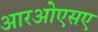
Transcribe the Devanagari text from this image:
आरओएसए